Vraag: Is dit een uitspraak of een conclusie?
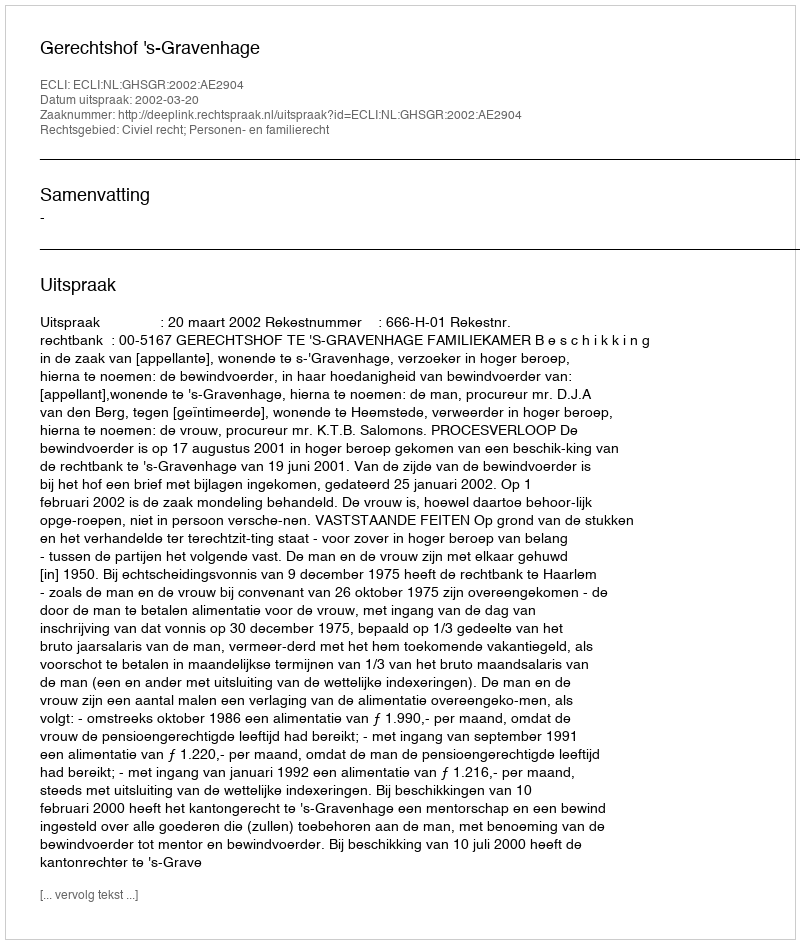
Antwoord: Uitspraak